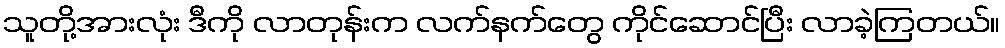
သူတို့အားလုံး ဒီကို လာတုန်းက လက်နက်တွေ ကိုင်ဆောင်ပြီး လာခဲ့ကြတယ်။